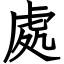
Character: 處